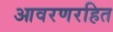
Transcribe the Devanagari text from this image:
आवरणरहित